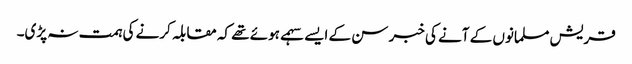
قریش مسلمانوں کے آنے کی خبر سن کے ایسے سہمے ہوئے تھے کہ مقابلہ کرنے کی ہمت نہ پڑی۔